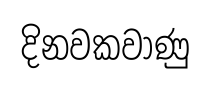
දිනවකවාණු